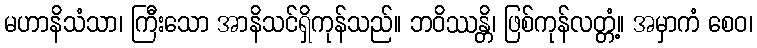
မဟာနိသံသာ၊ ကြီးသော အာနိသင်ရှိကုန်သည်။ ဘဝိဿန္တိ၊ ဖြစ်ကုန်လတ္တံ့။ အမှာကံ စေဝ၊